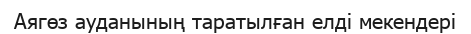
Аягөз ауданының таратылған елді мекендері